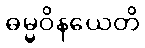
ဓမ္မဝိနယေတိ